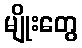
မျိုးတွေ